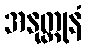
အနုတ္ထုနံ